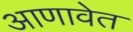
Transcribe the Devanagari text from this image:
आणावेत